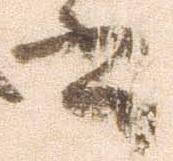
書